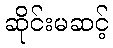
ဆိုင်းမဆင့်